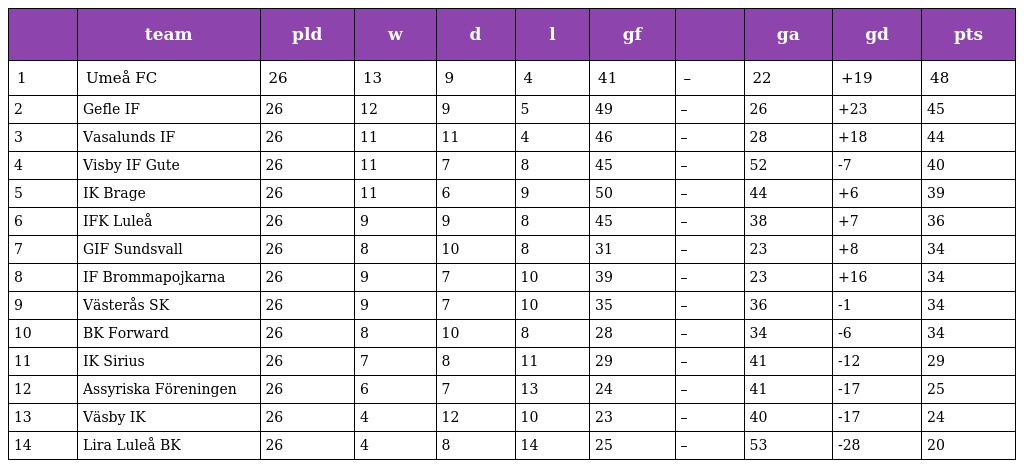
|  | team | pld | w | d | l | gf |  | ga | gd | pts |
 | --- | --- | --- | --- | --- | --- | --- | --- | --- | --- | --- |
 | 1 | Umeå FC | 26 | 13 | 9 | 4 | 41 | – | 22 | +19 | 48 |
 | 2 | Gefle IF | 26 | 12 | 9 | 5 | 49 | – | 26 | +23 | 45 |
 | 3 | Vasalunds IF | 26 | 11 | 11 | 4 | 46 | – | 28 | +18 | 44 |
 | 4 | Visby IF Gute | 26 | 11 | 7 | 8 | 45 | – | 52 | -7 | 40 |
 | 5 | IK Brage | 26 | 11 | 6 | 9 | 50 | – | 44 | +6 | 39 |
 | 6 | IFK Luleå | 26 | 9 | 9 | 8 | 45 | – | 38 | +7 | 36 |
 | 7 | GIF Sundsvall | 26 | 8 | 10 | 8 | 31 | – | 23 | +8 | 34 |
 | 8 | IF Brommapojkarna | 26 | 9 | 7 | 10 | 39 | – | 23 | +16 | 34 |
 | 9 | Västerås SK | 26 | 9 | 7 | 10 | 35 | – | 36 | -1 | 34 |
 | 10 | BK Forward | 26 | 8 | 10 | 8 | 28 | – | 34 | -6 | 34 |
 | 11 | IK Sirius | 26 | 7 | 8 | 11 | 29 | – | 41 | -12 | 29 |
 | 12 | Assyriska Föreningen | 26 | 6 | 7 | 13 | 24 | – | 41 | -17 | 25 |
 | 13 | Väsby IK | 26 | 4 | 12 | 10 | 23 | – | 40 | -17 | 24 |
 | 14 | Lira Luleå BK | 26 | 4 | 8 | 14 | 25 | – | 53 | -28 | 20 |